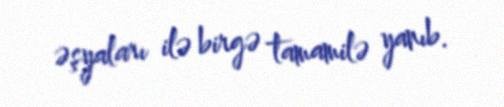
əşyaları ilə birgə tamamilə yanıb.